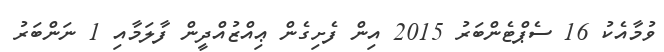
ވުމާއެކު 16 ސެޕްޓެންބަރު 2015 އިން ފެށިގެން ޢިއްޒުއްދީން ފާލަމާއި 1 ނަންބަރު